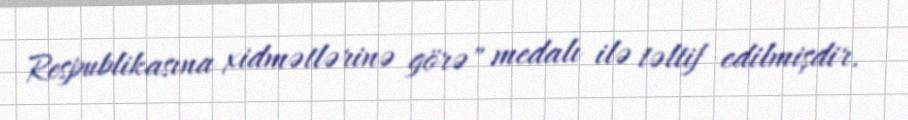
Respublikasına xidmətlərinə görə" medalı ilə təltif edilmişdir.